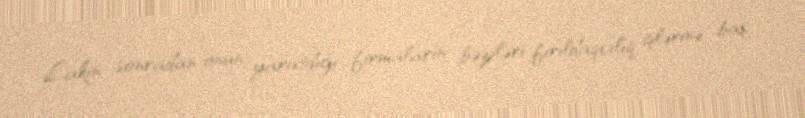
Lakin sonradan onun yaratdığı firmaların bəziləri fırıldaqçılıq işlərinə baş